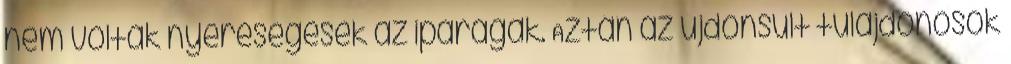
nem voltak nyereségesek az iparágak. Aztán az újdonsült tulajdonosok